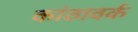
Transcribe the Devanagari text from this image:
कांठावर्क